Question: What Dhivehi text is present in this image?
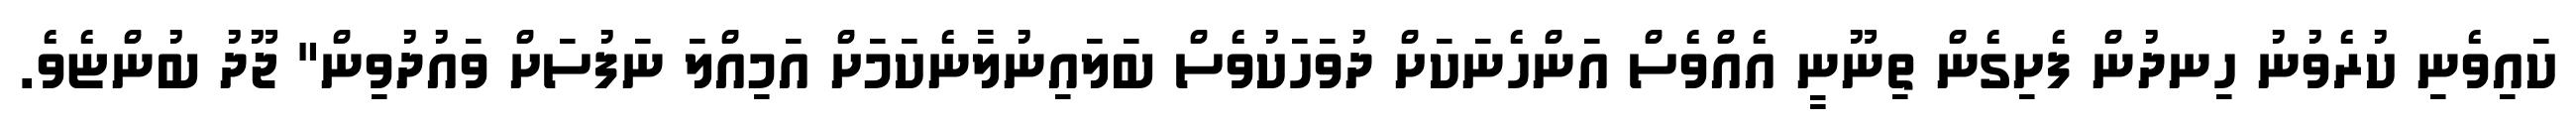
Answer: ކައިވެނި ކުރެވުނު ހިނދުން ފެށިގެން ތިނޫނީ އެއްވެސް އަންހެނަކަށް ދުވަހަކުވެސް ބަލައިނުލާނެކަމަށް އަމިއްލަ ނަފުސަށް ވައުދުވިން" ޖޫދު ބުންޏެވެ.